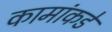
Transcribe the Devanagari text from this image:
कामांकडे